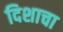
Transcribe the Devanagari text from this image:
दिशाचा